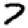
Digit: 7